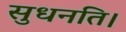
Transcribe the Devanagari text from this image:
सुधनति।